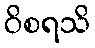
ဝိစရသိ